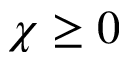
\chi \geq 0